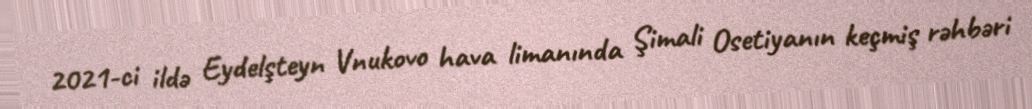
2021-ci ildə Eydelşteyn Vnukovo hava limanında Şimali Osetiyanın keçmiş rəhbəri